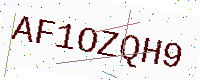
Text: AF1OZQH9